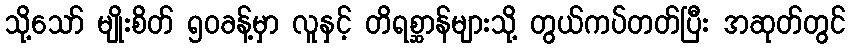
သို့သော် မျိုးစိတ် ၅၀ခန့်မှာ လူနှင့် တိရစ္ဆာန်များသို့ တွယ်ကပ်တတ်ပြီး အဆုတ်တွင်